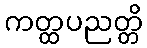
ကတ္ထပညတ္တိ